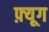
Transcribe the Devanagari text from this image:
फ़्यूग